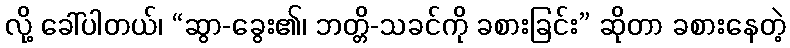
လို့ ခေါ်ပါတယ်၊ “ဆွာ-ခွေး၏၊ ဘတ္တိ-သခင်ကို ခစားခြင်း” ဆိုတာ ခစားနေတဲ့